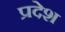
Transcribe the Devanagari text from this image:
प्रदेश